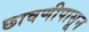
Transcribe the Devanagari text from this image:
छावणीपासून